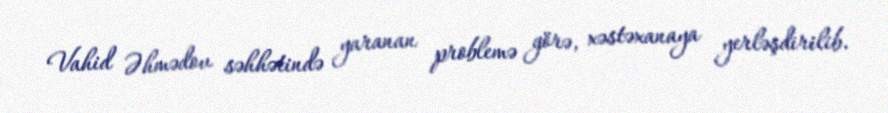
Vahid Əhmədov səhhətində yaranan problemə görə, xəstəxanaya yerləşdirilib.